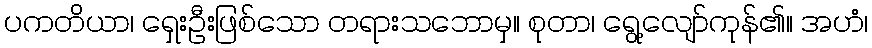
ပကတိယာ၊ ရှေးဦးဖြစ်သော တရားသဘောမှ။ စုတာ၊ ရွေ့လျော်ကုန်၏။ အဟံ၊